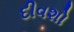
દીવશો